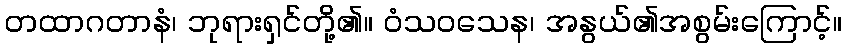
တထာဂတာနံ၊ ဘုရားရှင်တို့၏။ ဝံသဝသေန၊ အနွယ်၏အစွမ်းကြောင့်။